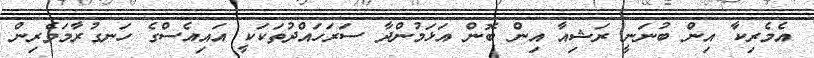
އެމެރިކާ އިން ބުނަނީ ރަޝިއާ އިން ބޮން އަޅަމުންދާ ސަރަހައްދުތަކަކީ އައިއެސްގެ ހަނގުރާމަވެރިން